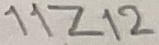
Text: 11Z12